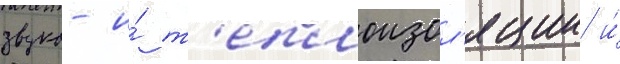
звуко- и́ т'еплоизол'яции и́